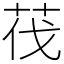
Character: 茷